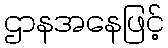
ဌာနအနေဖြင့်